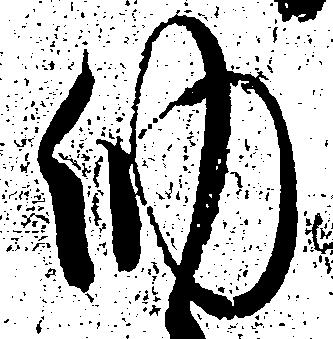
納